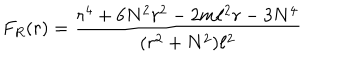
F _ { R } ( r ) = \frac { r ^ { 4 } + 6 N ^ { 2 } r ^ { 2 } - 2 m \ell ^ { 2 } r - 3 N ^ { 4 } } { ( r ^ { 2 } + N ^ { 2 } ) \ell ^ { 2 } }